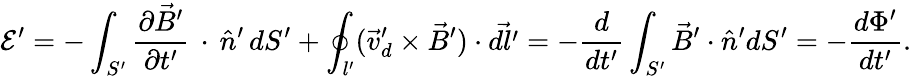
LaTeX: \mathcal E^{\prime}=-\int_{S^{\prime}}\frac{\partial\vec{B}^{\prime}}{\partial t^{\prime}}\, \cdot\, \hat{n}^{\prime}\, dS^{\prime}+\oint_{l^{\prime}}(\vec{v}_{d}^{\prime}\times\vec{B}^{\prime})\cdot\vec{dl^{\prime}}=-\frac{d}{dt^{\prime}}\int_{S^{\prime}}\vec{B}^{\prime}\cdot\hat{n}^{\prime}dS^{\prime}=-\frac{d\Phi^{\prime}}{dt^{\prime}}.